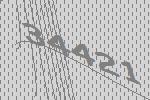
34421